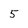
Character: 5